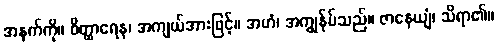
အနက်ကို။ ဝိတ္ထာရေန၊ အကျယ်အားဖြင့်။ အဟံ၊ အကျွန်ုပ်သည်။ ဇာနေယျံ၊ သိရာ၏။